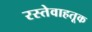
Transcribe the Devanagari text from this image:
रस्तेवाहतूक